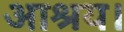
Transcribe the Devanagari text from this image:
आश्रय।